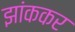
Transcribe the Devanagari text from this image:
झांककर